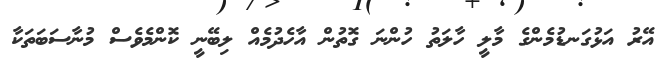
އޭރު އަޅުގަނޑުމެންގެ މާލީ ހާލަތު ހުންނަ ގޮތުން އާހެދުމެއް ލިބޭނީ ކޮންމެވެސް މުނާސަބަތަކާ